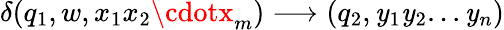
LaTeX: \delta(q_{1},w,x_{1}x_{2}\cdotx_{m})\longrightarrow(q_{2},\mathit{y}_{1}\mathit{y}_{2}...\mathit{y}_{n})